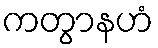
ကတွာနဟံ